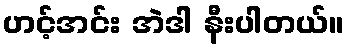
ဟင့်အင်း အဲဒါ နီးပါတယ်။